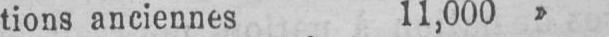
tions anciennes 11,000»